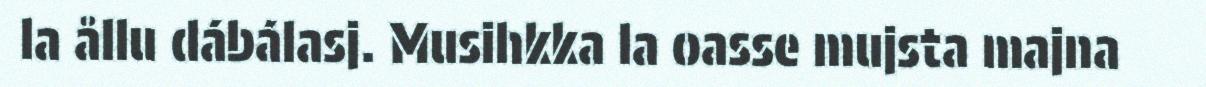
la ållu dábálasj. Musihkka la oasse mujsta majna